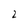
Character: 2